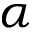
\alpha